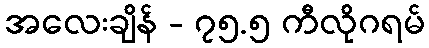
အလေးချိန် - ၇၅.၅ ကီလိုဂရမ်